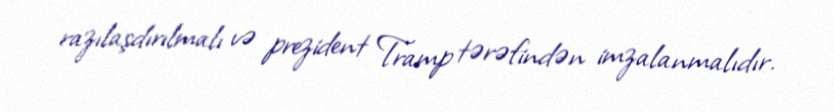
razılaşdırılmalı və prezident Tramp tərəfindən imzalanmalıdır.